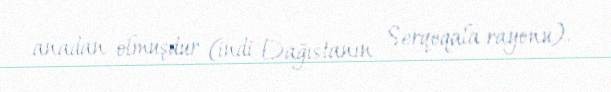
anadan olmuşdur (indi Dağıstanın Serqoqala rayonu).